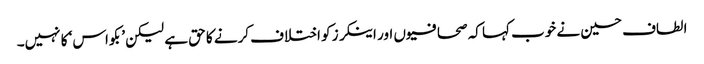
الطاف حسین نے خوب کہا کہ صحافیوں اور اینکرز کو اختلاف کرنے کا حق ہے لیکن ’بکواس‘ کا نہیں۔